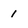
Character: 1